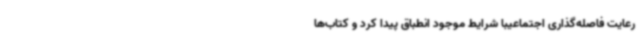
رعایت فاصله‌گذاری اجتماعیبا شرایط موجود انطباق پیدا کرد و کتاب‌ها